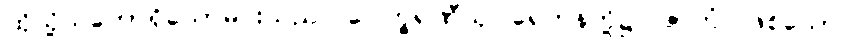
ထိုသို့သဘောရှိသောမင်းသည်။ ပေါက္ခရဏီသု၊ ရေကန်တို့၌။ ဇာတံ၊ ဖြစ်သော။